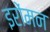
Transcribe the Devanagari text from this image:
इरोंमन